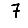
Digit: 7